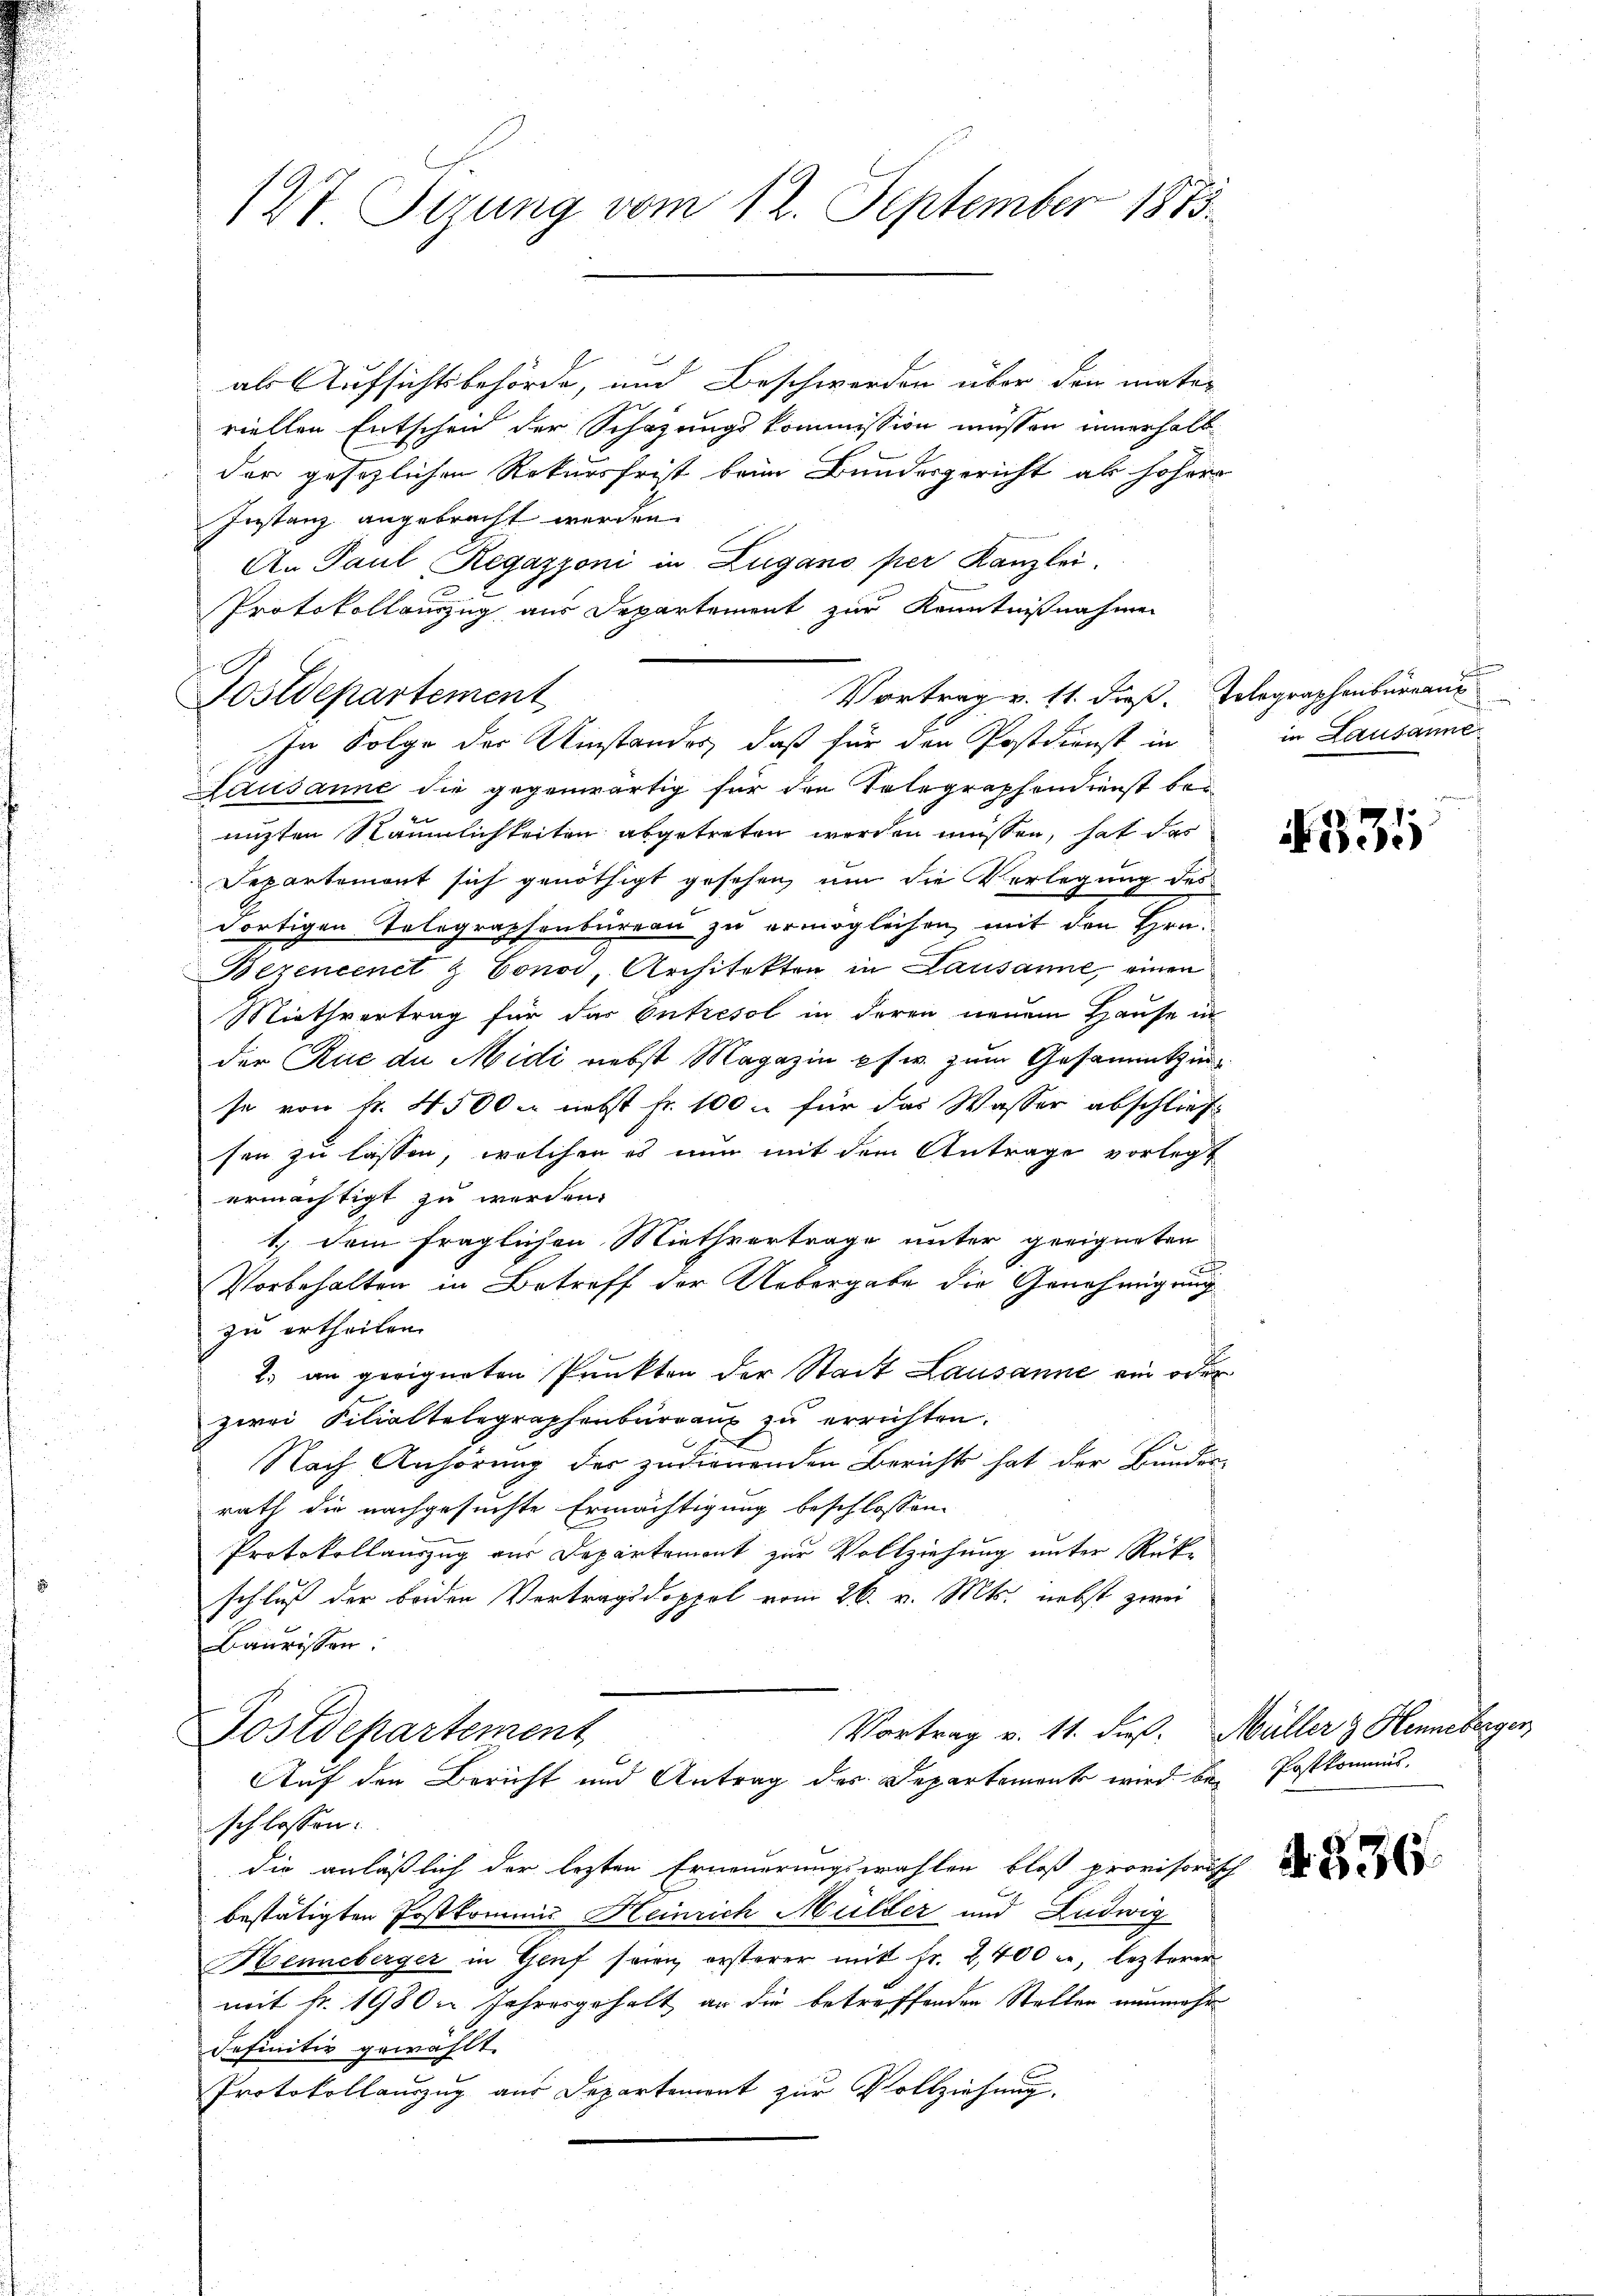
127 Sizung vom 12. September 1873.

als Aufsichtsbehörde, und Beschwerden über den mater
viellen Entschein der Schazungskommission müssen innerhalb
der gesezlichen Rekursfrist beim Bundesgericht als höher
Instanz angebracht werden.
An Paul Regazzoni in Zugano per Kanzlei.
Protokollauszug aus Departement zur Kenntnißnahmen
In Folge der Umstandes, daß für den Postdienst in
Lausanne die gegenwärtig für den Telegraphendienst bei
nizten Räumlichkeiten abgetreten werden müssen, hat das
Departemont sich genöthigt gesehen, um die Verlegung des
dortigen Telegraphenbureau zu ermöglichen, mit den Hrn.
Bezencenet & Conod, Architekten in Lausanne, einen
Miethvertrag für das Entresol in deren neuem Hause in
der Rue du Midi nebst Magazin pfw. zum Gesammtzin
se von Fr. 4500 nebst fr. 100 – für das Wasser abschließ
sen zu lassen, welcher es nun mit dem Antrage vorlegt
ermächtigt zu werden.
1. Dein fraglichen Miethvertrage unter geeigneten
Vorbehalten in Betreff der Uebergabe die Genehmigung
zu ertheilen.
2.) an geeigneten Punkten der Stadt Lausanne ein oder
zwei Filialtelegraphenburgau zu errichten.
Nach Anhörung des zudienenden Bericht hat der Bundes-
rath die nachgesuchte Ermächtigung beschlossen:
Protokollauszug aus Departement zur Vollziehung unter Rück-
schluß der beiden Vertragsdoppel vom 26. v. Mts. nebst zwei
Baurissen.
Vortrag v. 11. Fuß. Müller & Henneberger
Postdepartement
Auf den Bericht und Antrag des Departement wird bei Postkommisschlossen.
die anläßlich der lezten Erneuerungswahlen bloß provisorisch
bestätigten Postkommis Heinrich Müller und Ludwig
Henneberger in Genf seien ersterer mit Fr. 2,400 l., lezterer
mit fr. 1980 Jahresgehalt an die betreffenden Stellen nunmehr
Iefinitiv gewählt.
Protokollauszug aus Departemont zur Vollziehung.

E
Sostdepartement

Vortrag v. 11. dieß. Telegraphenbüreaus

in Lausanne

535

4836